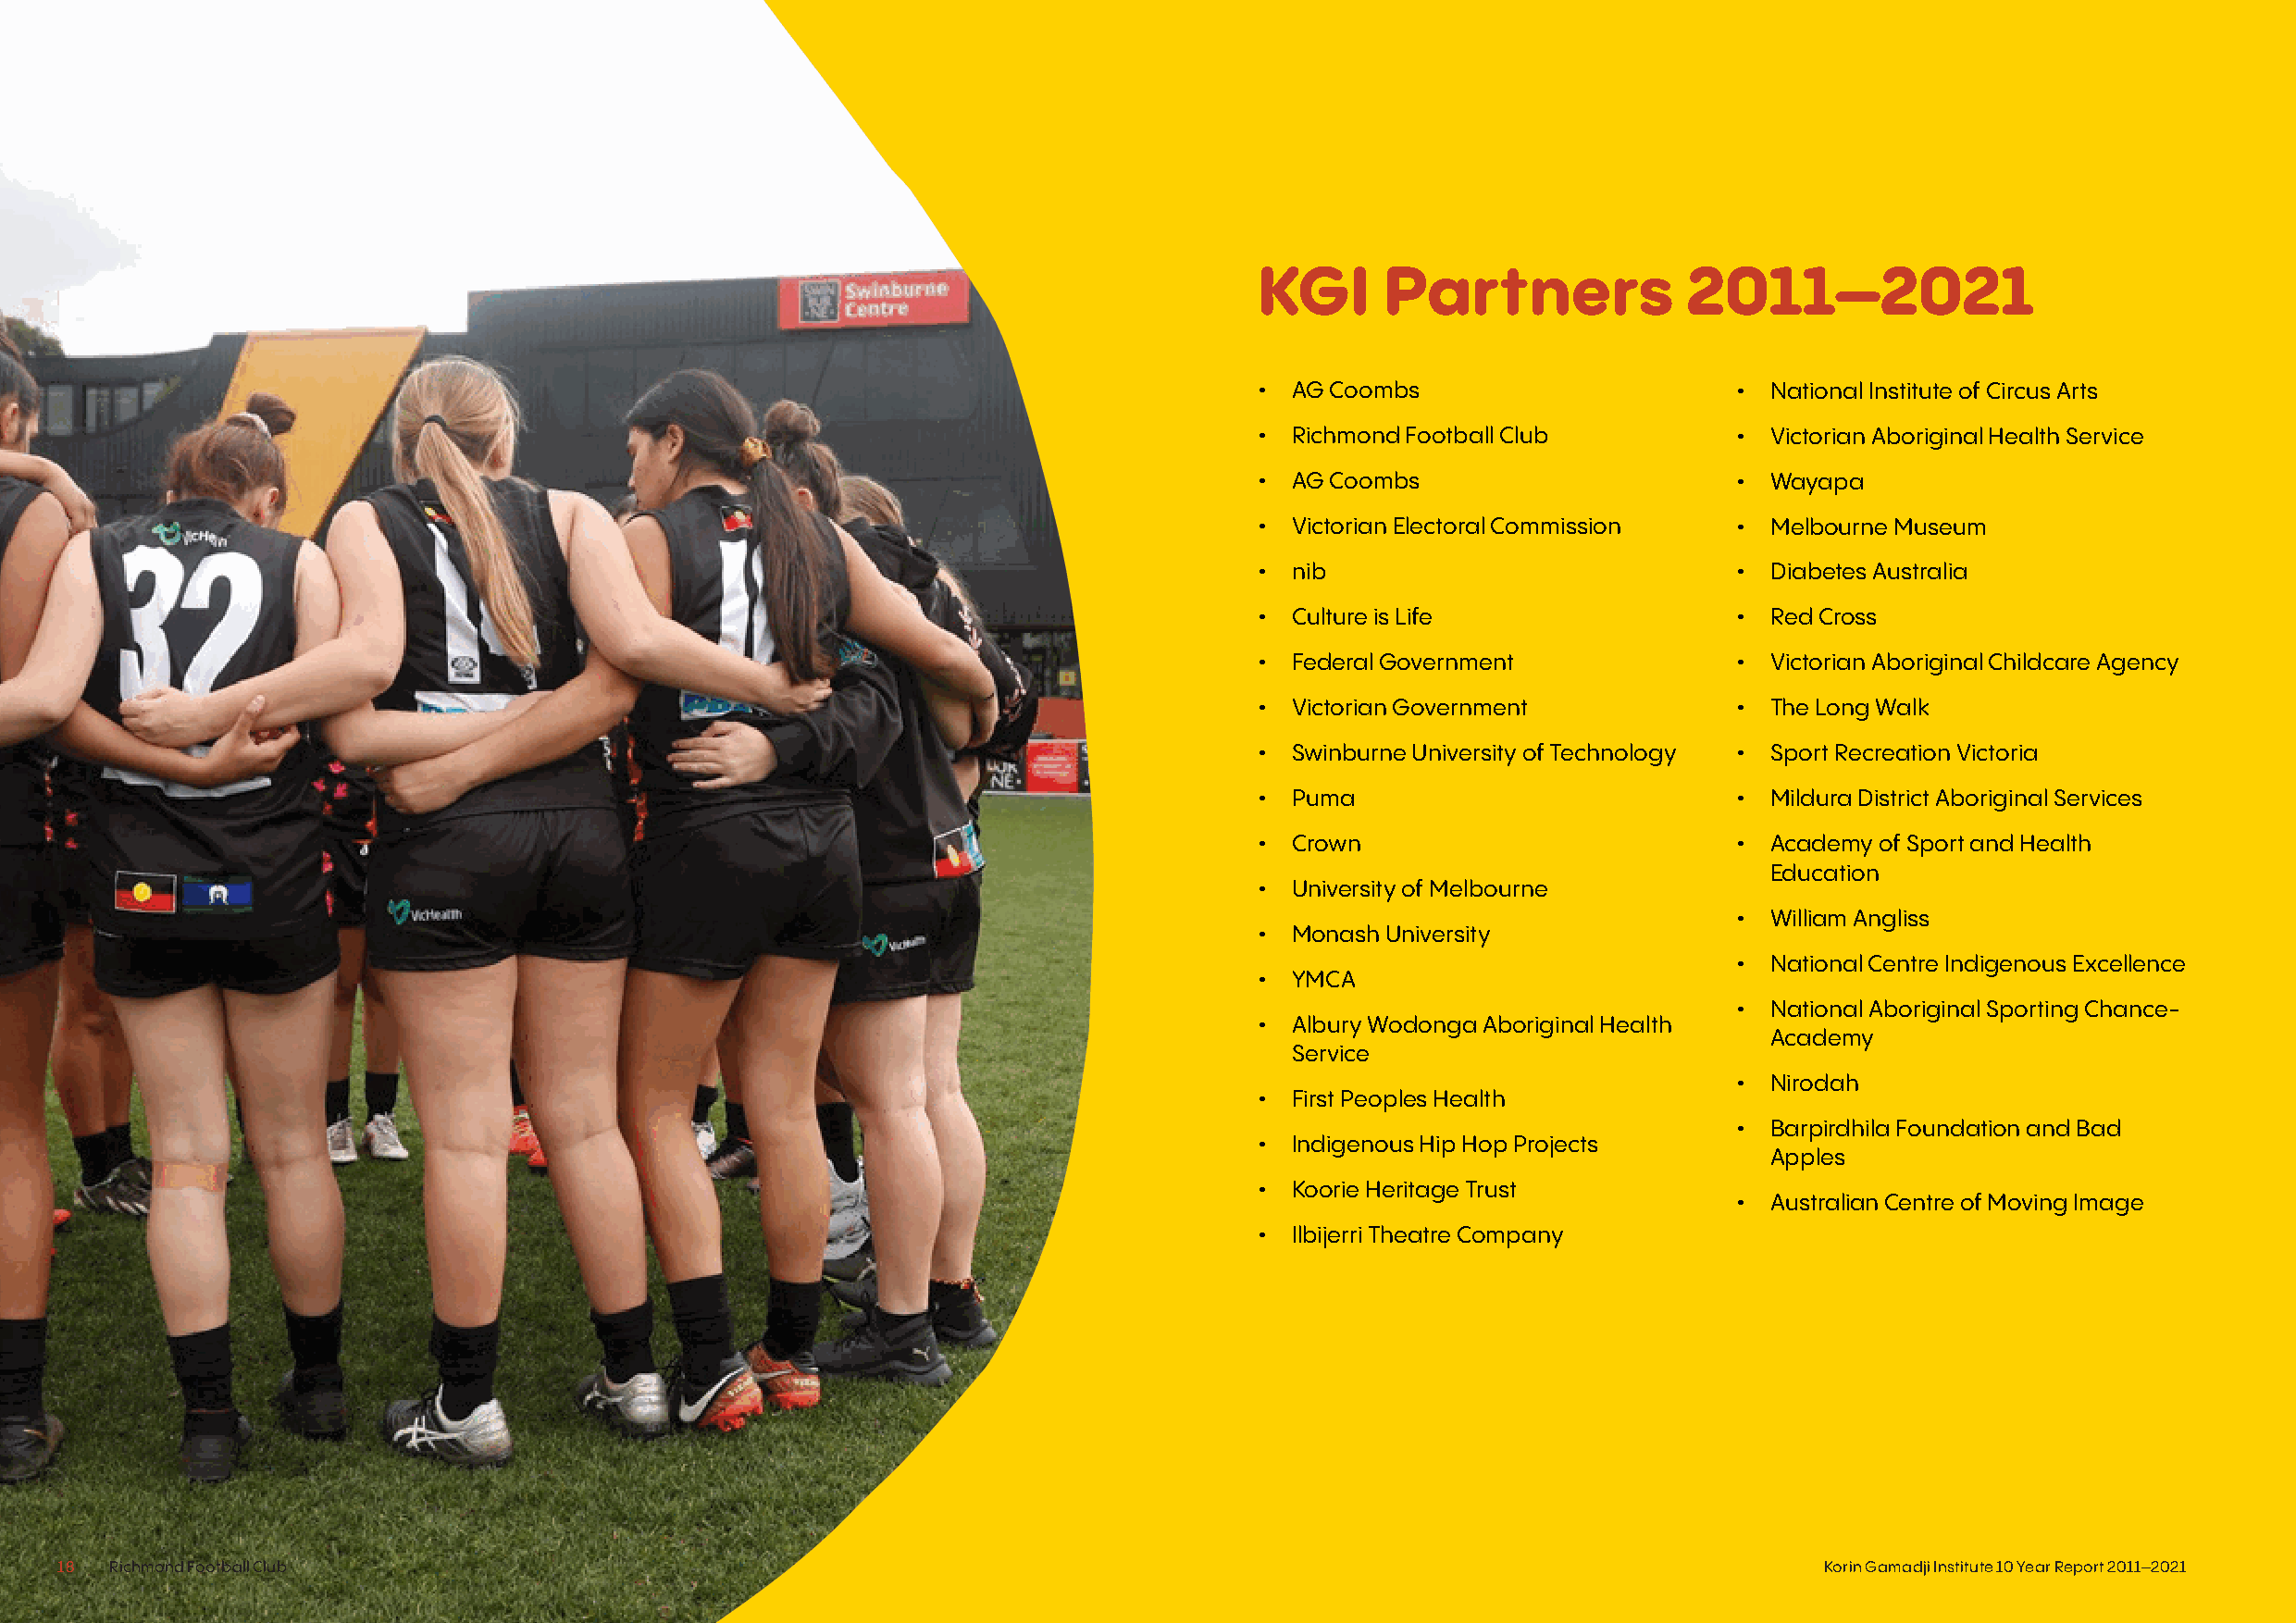
KGI      Partners              2011–2021
 • AG Coombs                       •  National Institute of Circus Arts
 • Richmond Football Club          •  Victorian Aboriginal Health Service
 • AG Coombs                       •  Wayapa
 • Victorian Electoral Commission  •  Melbourne Museum
 • nib                             •  Diabetes Australia
 • Culture is Life                 •  Red Cross
 • Federal Government              •  Victorian Aboriginal Childcare Agency
 • Victorian Government            •  The Long Walk
 • Swinburne University of Technology • Sport Recreation Victoria
 • Puma                            •  Mildura District Aboriginal Services
 • Crown                           •  Academy of Sport and Health
 Education
 • University of Melbourne
 •  William Angliss
 • Monash University
 •  National Centre Indigenous Excellence
 • YMCA
 •  National Aboriginal Sporting Chance-
 • Albury Wodonga Aboriginal Health
 Academy
 Service
 •  Nirodah
 • First Peoples Health
 •  Barpirdhila Foundation and Bad
 • Indigenous Hip Hop Projects
 Apples
 • Koorie Heritage Trust
 •  Australian Centre of Moving Image
 • Ilbijerri Theatre Company
 18  Richmond Football Club                                                                                                    Korin Gamadji Institute 10 Year Report 2011–2021 19